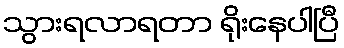
သွားရလာရတာ ရိုးနေပါပြီ